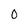
Character: 0